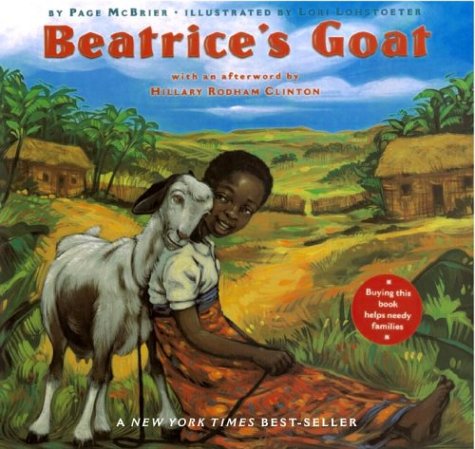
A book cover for Beatrice's Goat; Page McBrier; Children's Books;